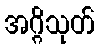
အဂ္ဂိသုတ်